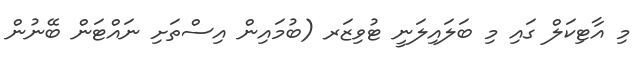
މި އާޓިކަލް ގައި މި ބަލައިލަނީ ޓުވިޒަރ (ބުމައިން އިސްތަށި ނައްޓަން ބޭނުން